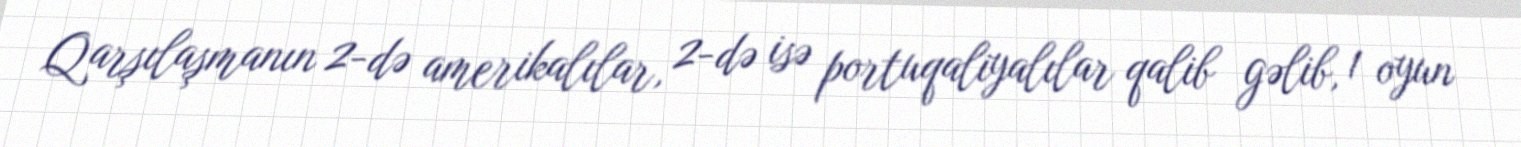
Qarşılaşmanın 2-də amerikalılar, 2-də isə portuqaliyalılar qalib gəlib, 1 oyun